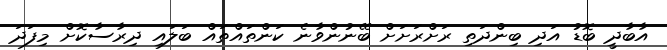
އާބާދީ ބޮޑު އަދި ބިންދަތި ރަށްރަށަށް ބޭނުންވާނެ ކަންތައްތައް ބަލައި ދިރާސާކޮށް މިފަދަ